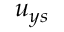
u _ { y s }